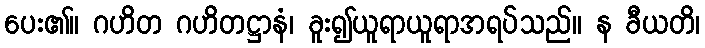
ပေး၏။ ဂဟိတ ဂဟိတဋ္ဌာနံ၊ ခူး၍ယူရာယူရာအရပ်သည်။ န ခီယတိ၊